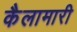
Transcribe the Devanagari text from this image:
कैलामारी